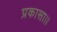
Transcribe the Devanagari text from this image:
प्रकासा।।